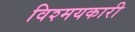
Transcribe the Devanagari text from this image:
विश्मयकारी